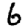
Digit: 6